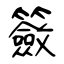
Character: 籢